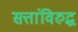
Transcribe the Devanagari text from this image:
सत्तांविरुद्ध